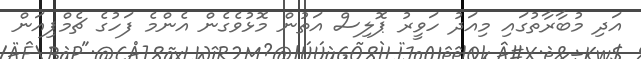
އަދި މުބާރާތުގައި މިއަދު ހަވީރު ޕޮލިސް އަތުން މޮޅުވެގެން އެންމެ ފަހުގެ ޗެމްޕިއަން